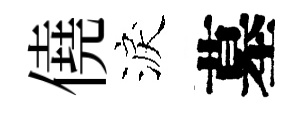
僥淚墓